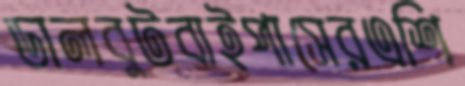
ডালবুটবাইপাসেরএশি